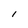
Character: I